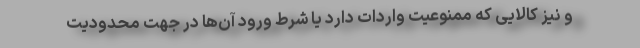
و نیز کالایی که ممنوعیت واردات دارد یا شرط ورود آن‌ها در جهت محدودیت